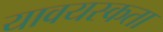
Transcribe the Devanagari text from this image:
यावयस्कता